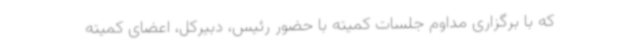
که با برگزاری مداوم جلسات کمیته با حضور رئیس، دبیرکل، اعضای کمیته